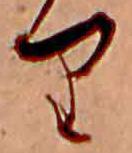
り